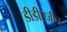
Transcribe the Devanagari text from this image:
डीडीएर्जीन